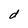
Character: d